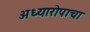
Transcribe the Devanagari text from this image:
अध्यारोपाचा